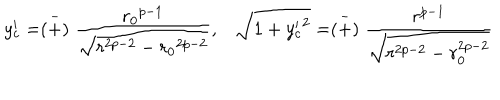
y _ { c } ^ { \prime } = \stackrel { - } { ( + ) } \frac { { r _ { 0 } } ^ { p - 1 } } { \sqrt { r ^ { 2 p - 2 } - { r _ { 0 } } ^ { 2 p - 2 } } } , \sqrt { 1 + { y _ { c } ^ { \prime } } ^ { 2 } } = \stackrel { - } { ( + ) } \frac { r ^ { p - 1 } } { \sqrt { r ^ { 2 p - 2 } - r _ { 0 } ^ { 2 p - 2 } } }